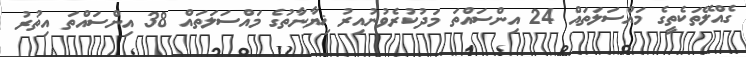
ގެއްލޭތަކެތީގެ މައްސަލަތައް 24 އިންސައްތަ މަދުކުރެވުނުއިރު ޚިޔާނާތުގެ މައްސަލަތައް 38 އިންސައްތަ އިތުރު